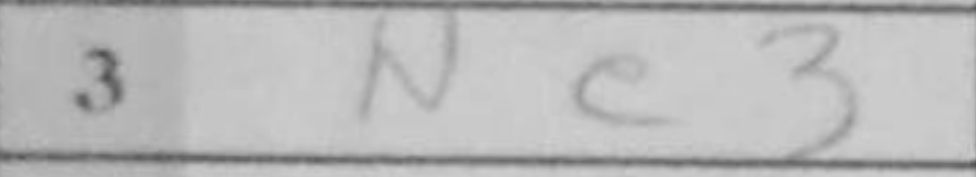
Transcription: Ne3